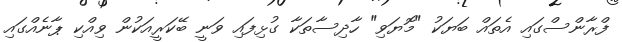
ފްރާންސްގައި އެތައް ބަޔަކު "މޮޔަވި" ހާދިސާތަކާ ގުޅިފައި ވަނީ ބޭކަރީއަކުން ވިއްކި ޕާނެއްގައި